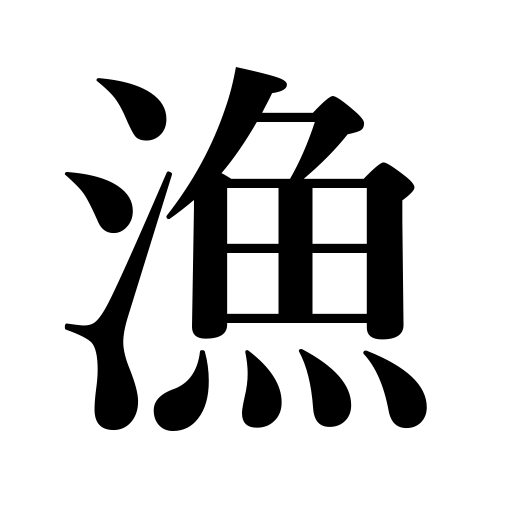
Meanings: fishing,catch,haul,fishery